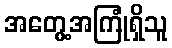
အတွေ့အကြုံရှိသူ